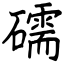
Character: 礝